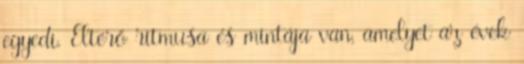
egyedi. Eltérő ritmusa és mintája van, amelyet az évek